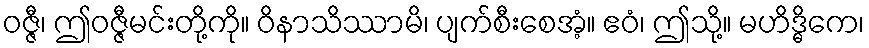
ဝဇ္ဇီ၊ ဤဝဇ္ဇီမင်းတို့ကို။ ဝိနာသိဿာမိ၊ ပျက်စီးစေအံ့။ ဧဝံ၊ ဤသို့။ မဟိဒ္ဓိကေ၊